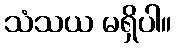
သံသယ မရှိပါ။